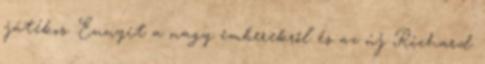
játékos. Ennyit a nagy emberekről és az új Richard